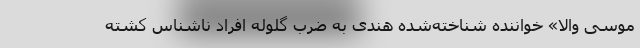
موسی والا» خواننده شناخته‌شده هندی به ضرب گلوله افراد ناشناس کشته